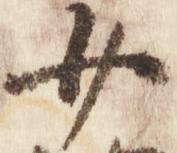
少